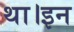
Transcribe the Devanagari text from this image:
था।इन